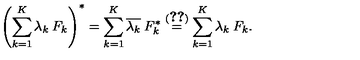
\left( \sum _ { k = 1 } ^ { K } \lambda _ { k } \: F _ { k } \right) ^ { * } = \sum _ { k = 1 } ^ { K } \overline { { \lambda _ { k } } } \: F _ { k } ^ { * } \stackrel { ( \ref { e q : 4 7 } ) } { = } \sum _ { k = 1 } ^ { K } \lambda _ { k } \: F _ { k } .